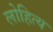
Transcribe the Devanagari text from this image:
लोहित्य